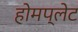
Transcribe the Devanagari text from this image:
होमप्लेट